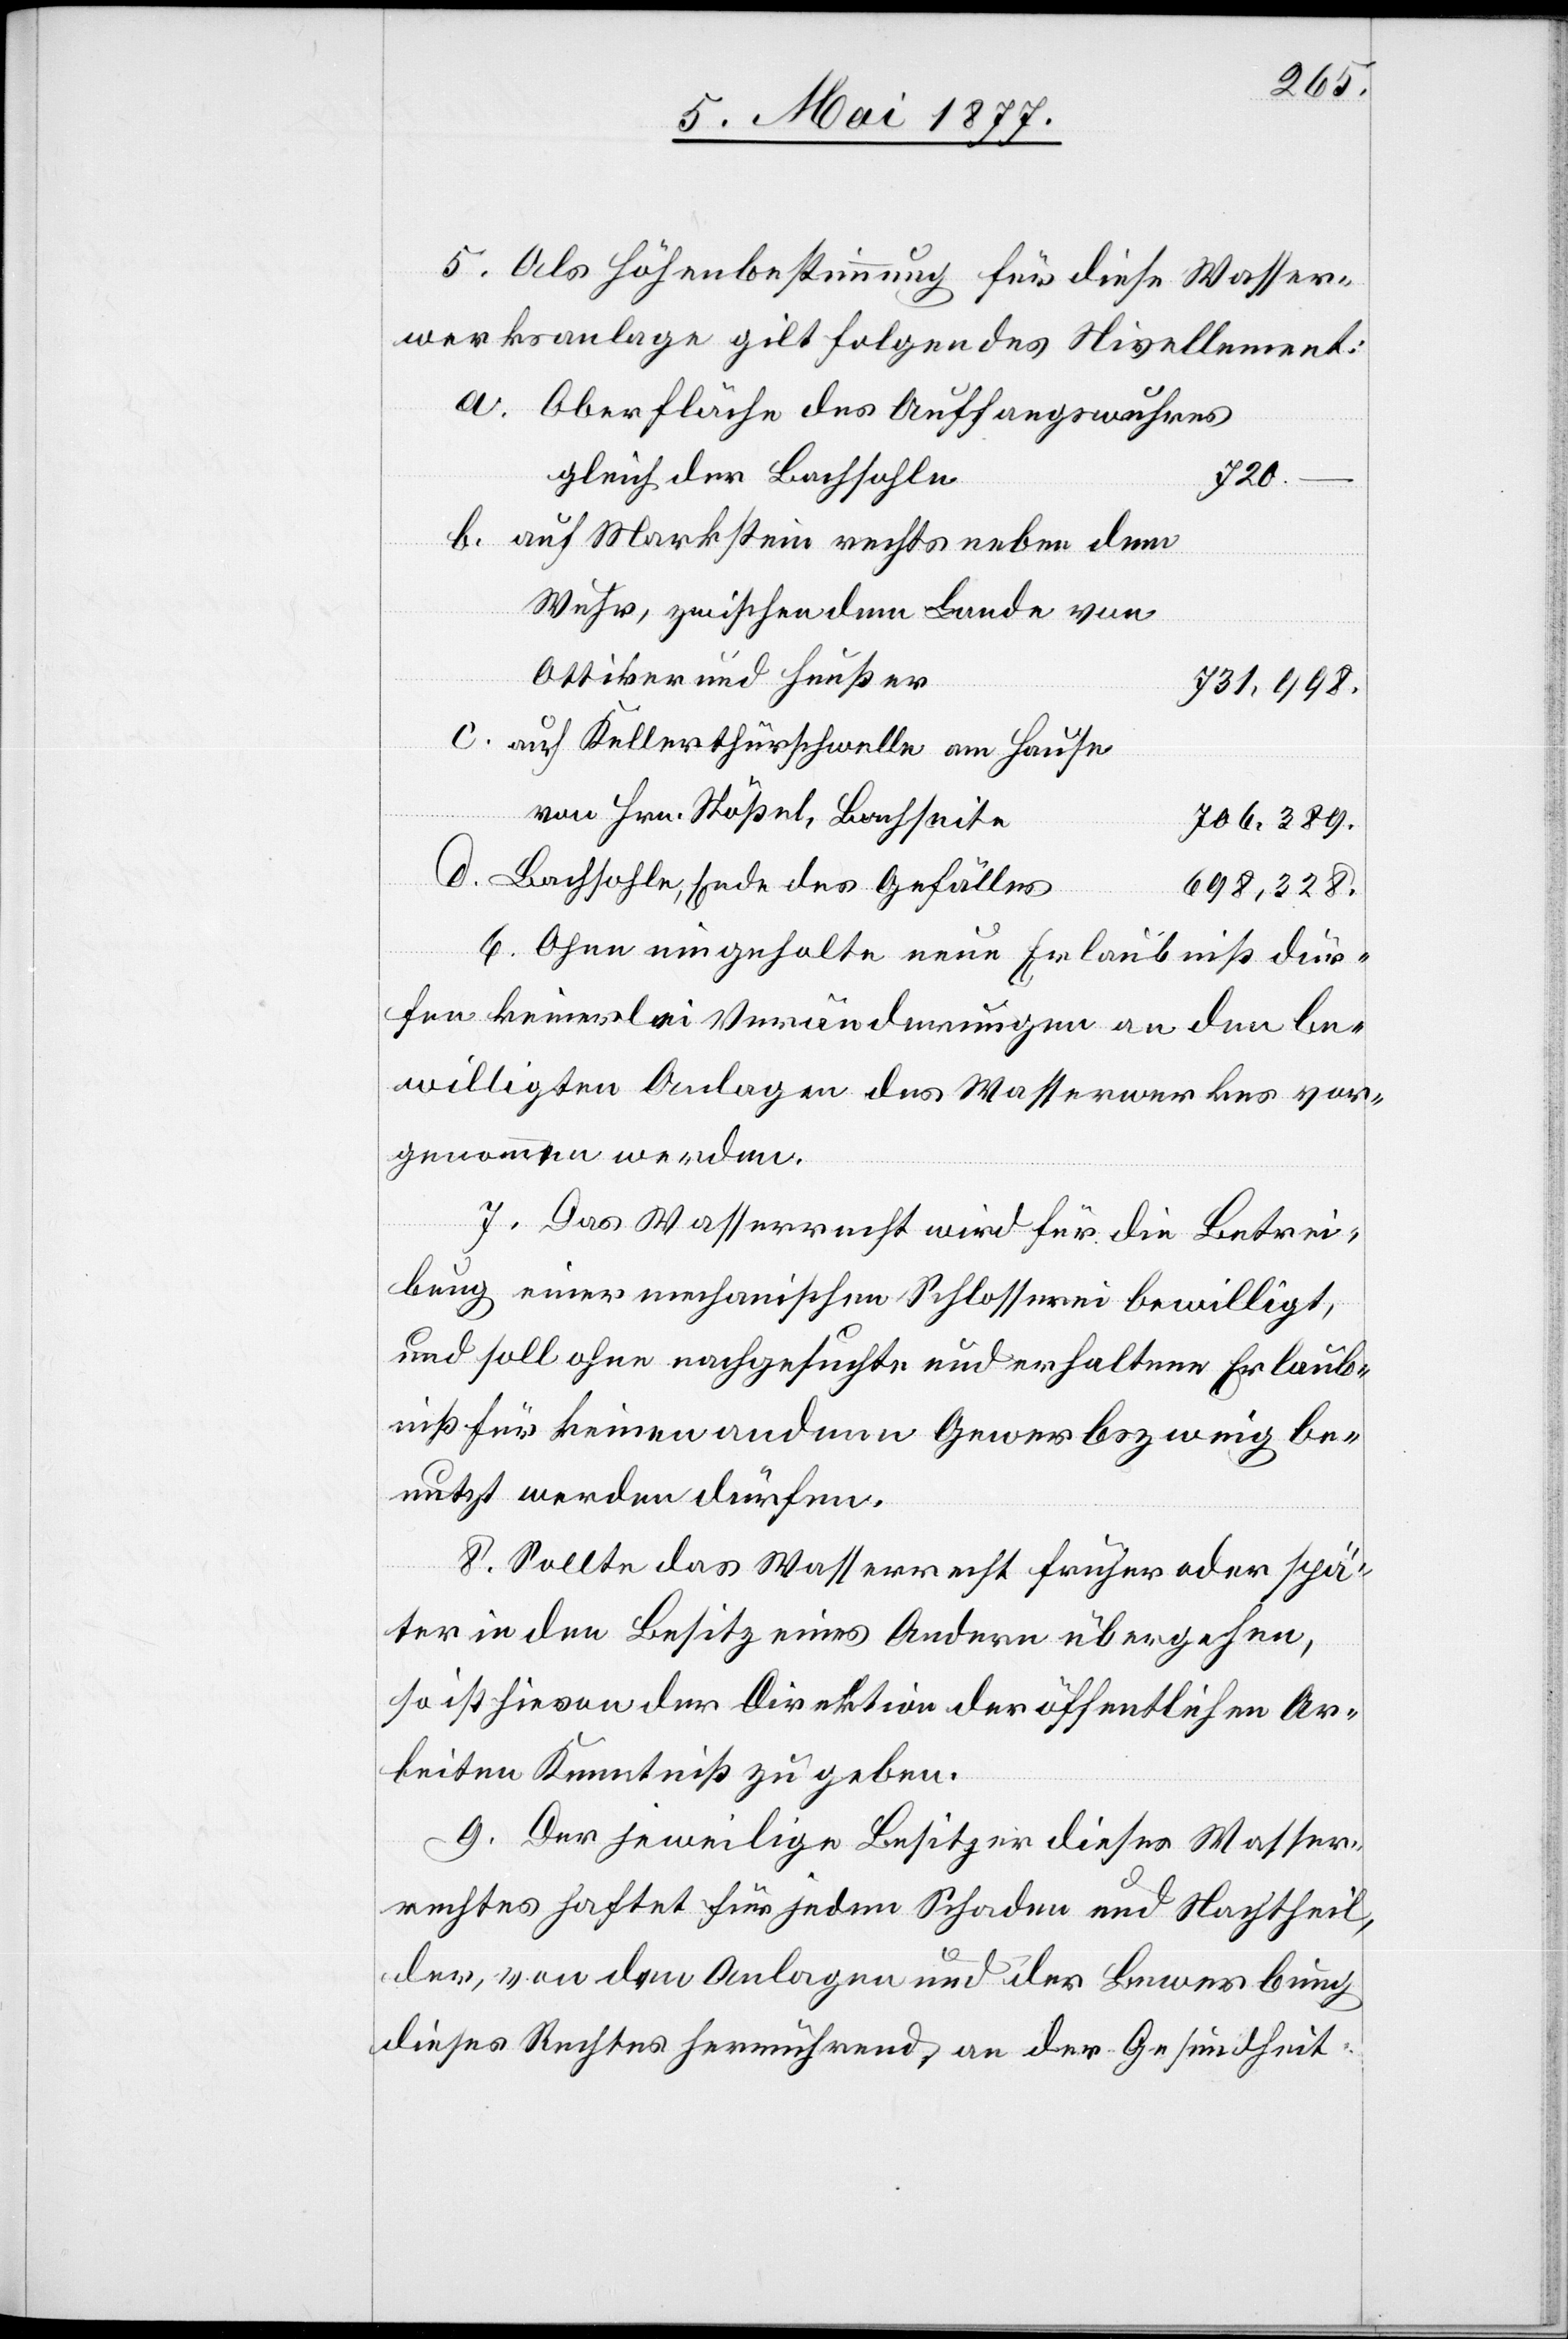
5. Als Höhenbestimmung für diese Wasser¬
werksanlage gilt folgendes Nivellement:
a. Oberfläche des Auffangswuhres
gleich der Bachsohle
328
b. auf Markstein rechts neben dem
Wuhr, zwischen dem Lande von
Ottiker und Heußer
c. auf Kellerthürschwelle am Hause
von Hrn. Stößel, Bachseite
d. Bachsohle, Ende des Gefälles
6. Ohne eingeholte neue Erlaubniß dür¬
fen keinerlei Veränderungen an den be¬
willigten Anlagen des Wasserwerkes vor¬
genommen werden.
7. Das Wasserrecht wird für die Betrei¬
bung einer mechanischen Schlosserei bewilligt,
und soll ohne nachgesuchte und erhaltene Erlaub¬
niß für keinen andern Gewerbszweig be¬
nutzt werden dürfen.
8. Sollte das Wasserrecht früher oder spä¬
ter in den Besitz eines Andern übergehen,
so ist hievon der Direktion der öffentlichen Ar¬
beiten Kenntniß zu geben.
9. Der jeweilige Besitzer dieses Wasser¬
rechtes haftet für jeden Schaden und Nachtheil,
der, von den Anlagen und der Bewerbung
dieses Rechtes herrührend, an der Gesundheit